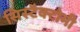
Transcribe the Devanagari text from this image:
सिस्टैक्टोमी